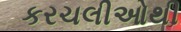
કરચલીઓથી